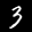
Label: 3